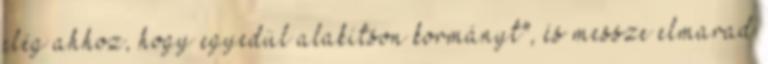
elég ahhoz, hogy egyedül alakítson kormányt", és messze elmarad